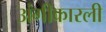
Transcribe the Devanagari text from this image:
अंगीकारली